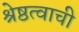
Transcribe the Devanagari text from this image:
श्रेष्ठत्वाची